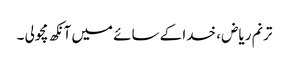
ترنم ریاض ، خدا کے سائے میں آنکھ مچولی ۔